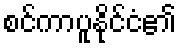
စင်ကာပူနိုင်ငံ၏